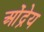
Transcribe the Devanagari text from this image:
ओंद्रेय